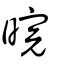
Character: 晥